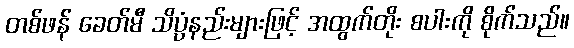
တစ်ဖန် ခေတ်မီ သိပ္ပံနည်းများဖြင့် အထွက်တိုး စပါးကို စိုက်သည်။